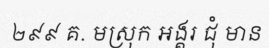
២៩៩ គ. មស្រុក អង្គរ ជុំ មាន